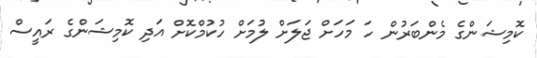
ކޮމިޝަންގެ މެންބަރުން ހަ މަހަށް ޖަލަށް ލުމަށް ހުކުމްކޮށް އަދި ކޮމިޝަންގެ ރައީސް